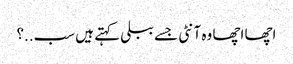
اچھا اچھا وہ آنٹی جسے ببلی کہتے ہیں سب..؟